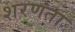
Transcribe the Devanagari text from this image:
शरणता